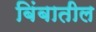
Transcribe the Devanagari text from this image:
बिंबातील